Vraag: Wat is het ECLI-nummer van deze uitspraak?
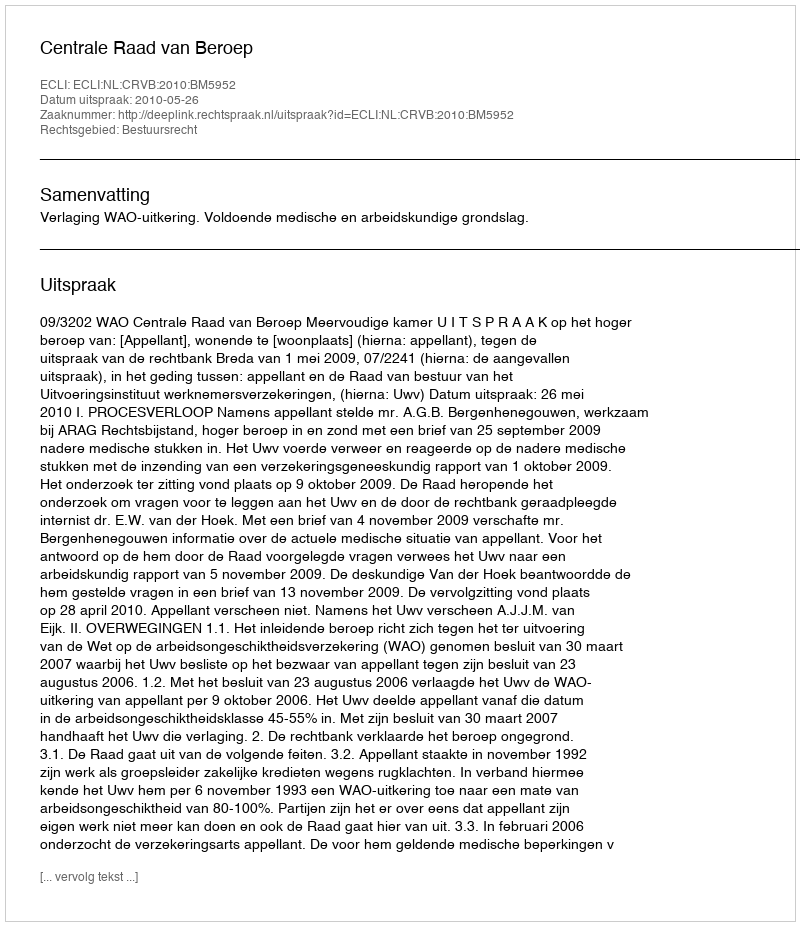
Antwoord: ECLI:NL:CRVB:2010:BM5952